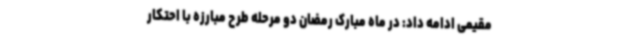
مقیمی ادامه داد: در ماه مبارک رمضان دو مرحله طرح مبارزه با احتکار